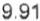
9.91